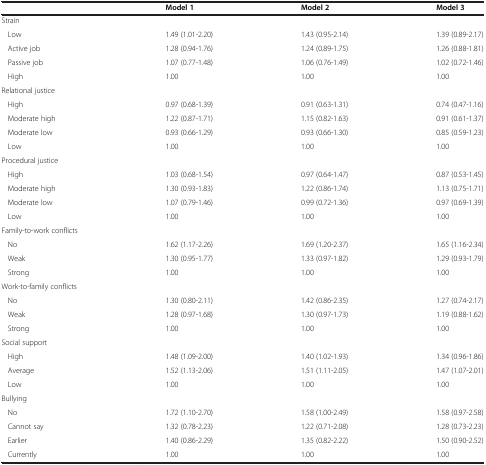
<table><thead><tr><td><b> </b></td><td><b>Model 1</b></td><td><b>Model 2</b></td><td><b>Model 3</b></td></tr></thead><tbody><tr><td>Strain</td><td> </td><td> </td><td> </td></tr><tr><td>Low</td><td>1.49 (1.01-2.20)</td><td>1.43 (0.95-2.14)</td><td>1.39 (0.89-2.17)</td></tr><tr><td>Active job</td><td>1.28 (0.94-1.76)</td><td>1.24 (0.89-1.75)</td><td>1.26 (0.88-1.81)</td></tr><tr><td>Passive job</td><td>1.07 (0.77-1.48)</td><td>1.06 (0.76-1.49)</td><td>1.02 (0.72-1.46)</td></tr><tr><td>High</td><td>1.00</td><td>1.00</td><td>1.00</td></tr><tr><td>Relational justice</td><td> </td><td> </td><td> </td></tr><tr><td>High</td><td>0.97 (0.68-1.39)</td><td>0.91 (0.63-1.31)</td><td>0.74 (0.47-1.16)</td></tr><tr><td>Moderate high</td><td>1.22 (0.87-1.71)</td><td>1.15 (0.82-1.63)</td><td>0.91 (0.61-1.37)</td></tr><tr><td>Moderate low</td><td>0.93 (0.66-1.29)</td><td>0.93 (0.66-1.30)</td><td>0.85 (0.59-1.23)</td></tr><tr><td>Low</td><td>1.00</td><td>1.00</td><td>1.00</td></tr><tr><td>Procedural justice</td><td> </td><td> </td><td> </td></tr><tr><td>High</td><td>1.03 (0.68-1.54)</td><td>0.97 (0.64-1.47)</td><td>0.87 (0.53-1.45)</td></tr><tr><td>Moderate high</td><td>1.30 (0.93-1.83)</td><td>1.22 (0.86-1.74)</td><td>1.13 (0.75-1.71)</td></tr><tr><td>Moderate low</td><td>1.07 (0.79-1.46)</td><td>0.99 (0.72-1.36)</td><td>0.97 (0.69-1.39)</td></tr><tr><td>Low</td><td>1.00</td><td>1.00</td><td>1.00</td></tr><tr><td>Family-to-work conflicts</td><td> </td><td> </td><td> </td></tr><tr><td>No</td><td>1.62 (1.17-2.26)</td><td>1.69 (1.20-2.37)</td><td>1.65 (1.16-2.34)</td></tr><tr><td>Weak</td><td>1.30 (0.95-1.77)</td><td>1.33 (0.97-1.82)</td><td>1.29 (0.93-1.79)</td></tr><tr><td>Strong</td><td>1.00</td><td>1.00</td><td>1.00</td></tr><tr><td>Work-to-family conflicts</td><td> </td><td> </td><td> </td></tr><tr><td>No</td><td>1.30 (0.80-2.11)</td><td>1.42 (0.86-2.35)</td><td>1.27 (0.74-2.17)</td></tr><tr><td>Weak</td><td>1.28 (0.97-1.68)</td><td>1.30 (0.97-1.73)</td><td>1.19 (0.88-1.62)</td></tr><tr><td>Strong</td><td>1.00</td><td>1.00</td><td>1.00</td></tr><tr><td>Social support</td><td> </td><td> </td><td> </td></tr><tr><td>High</td><td>1.48 (1.09-2.00)</td><td>1.40 (1.02-1.93)</td><td>1.34 (0.96-1.86)</td></tr><tr><td>Average</td><td>1.52 (1.13-2.06)</td><td>1.51 (1.11-2.05)</td><td>1.47 (1.07-2.01)</td></tr><tr><td>Low</td><td>1.00</td><td>1.00</td><td>1.00</td></tr><tr><td>Bullying</td><td> </td><td> </td><td> </td></tr><tr><td>No</td><td>1.72 (1.10-2.70)</td><td>1.58 (1.00-2.49)</td><td>1.58 (0.97-2.58)</td></tr><tr><td>Cannot say</td><td>1.32 (0.78-2.23)</td><td>1.22 (0.71-2.08)</td><td>1.28 (0.73-2.23)</td></tr><tr><td>Earlier</td><td>1.40 (0.86-2.29)</td><td>1.35 (0.82-2.22)</td><td>1.50 (0.90-2.52)</td></tr><tr><td>Currently</td><td>1.00</td><td>1.00</td><td>1.00</td></tr></tbody></table>